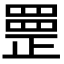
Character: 𦋳